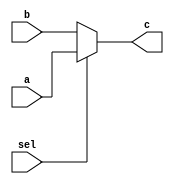
module mux21
(
    input a,
    input b,
    input sel,
    output c
);

    assign c = sel ? a : b;

endmodule